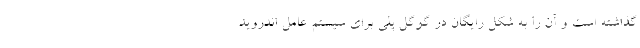
گذاشته است و آن را به شکل رایگان در گوگل پلی برای سیستم عامل اندروید